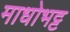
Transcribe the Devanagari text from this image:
माधोभट्ट